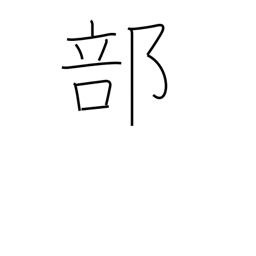
Meaning: portion